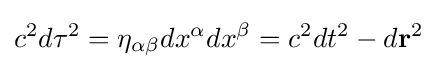
c^{2}d\tau ^{2}=\eta _{\alpha \beta }dx^{\alpha }dx^{\beta }=c^{2}dt^{2}-d\mathbf {r} ^{2}